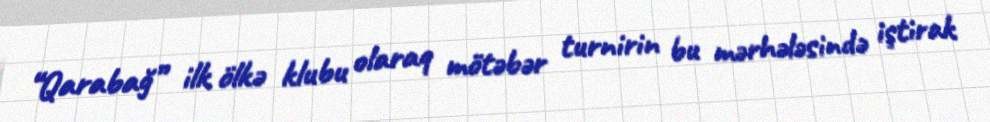
“Qarabağ” ilk ölkə klubu olaraq mötəbər turnirin bu mərhələsində iştirak